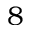
8